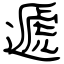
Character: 遞